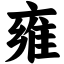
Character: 雍